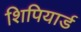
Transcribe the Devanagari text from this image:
शिपियार्ड